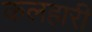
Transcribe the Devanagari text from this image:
कलहारी